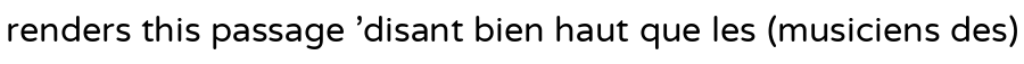
renders this passage 'disant bien haut que les (musiciens des)